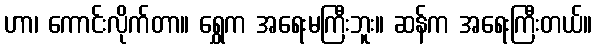
ဟာ၊ ကောင်းလိုက်တာ။ ရွှေက အရေးမကြီးဘူး။ ဆန်က အရေးကြီးတယ်။